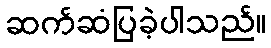
ဆက်ဆံပြခဲ့ပါသည်။